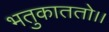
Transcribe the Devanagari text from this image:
भतुकाततो।।